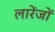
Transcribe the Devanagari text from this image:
लारेंजों